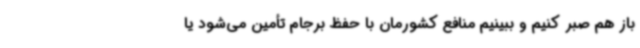
باز هم صبر کنیم و ببینیم منافع کشورمان با حفظ برجام تأمین می‌شود یا